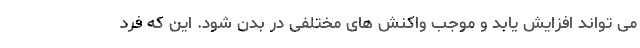
می تواند افزایش یابد و موجب واکنش های مختلفی در بدن شود. این که فرد